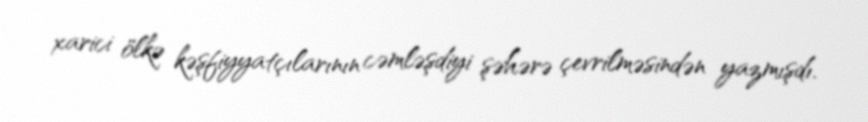
xarici ölkə kəşfiyyatçılarının cəmləşdiyi şəhərə çevrilməsindən yazmışdı.